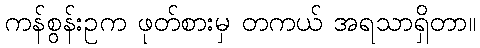
ကန်စွန်းဥက ဖုတ်စားမှ တကယ် အရသာရှိတာ။